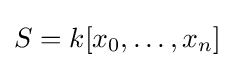
S=k[x_{0},\dots ,x_{n}]